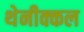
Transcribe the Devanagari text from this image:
थेनीक्कल